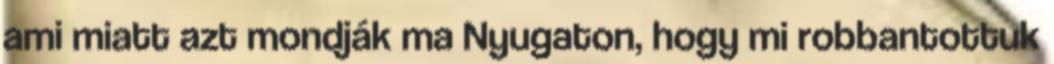
ami miatt azt mondják ma Nyugaton, hogy mi robbantottuk